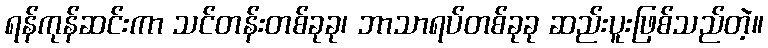
ရန်ကုန်ဆင်းကာ သင်တန်းတစ်ခုခု၊ ဘာသာရပ်တစ်ခုခု ဆည်းပူးဖြစ်သည်တဲ့။